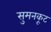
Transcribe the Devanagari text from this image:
सुमनकूट